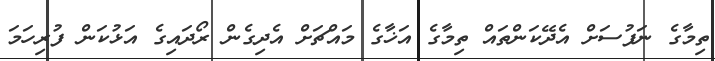
ތިމާގެ ނަފުސަށް އެދޭކަންތައް ތިމާގެ އަޚާގެ މައްޗަށް އެދިގެން ރޯދައިގެ އަޅުކަން ފުރިހަމަ